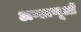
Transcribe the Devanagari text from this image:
अण्डाणूओं